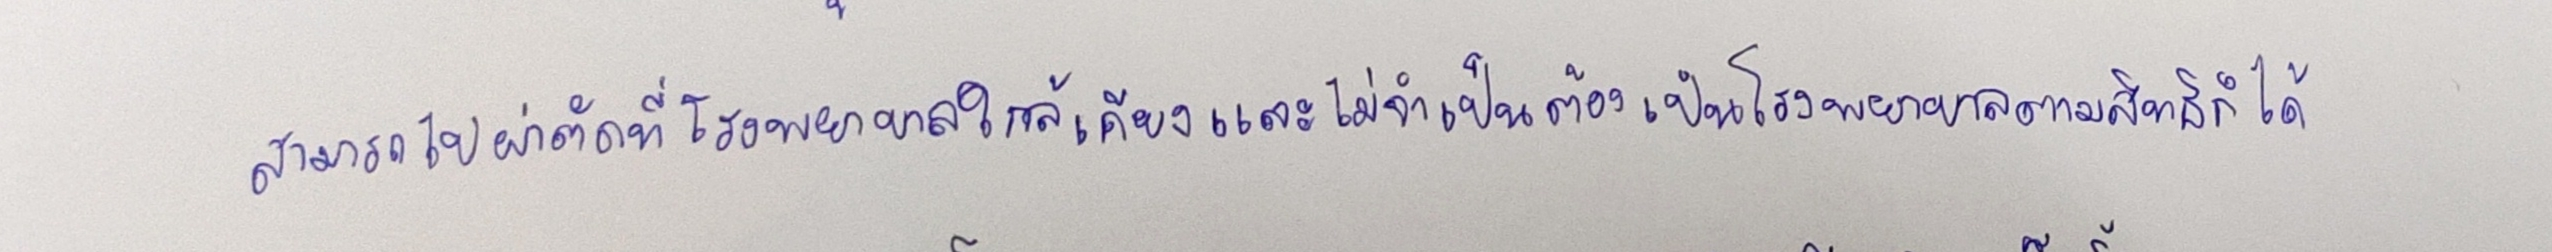
สามารถไปผ่าตัดที่โรงพยาบาลใกล้เคียงและไม่จำเป็นต้องเป็นโรงพยาบาลตามสิทธิก็ได้